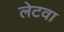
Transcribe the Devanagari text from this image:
लेटवा